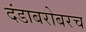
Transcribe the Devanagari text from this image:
दंडाबरोबरच